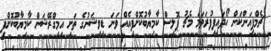
ޗެމްޕިއަންކަން ހޯދައިފިފުރަތަމަ މެޗު ޕޮލިސް ކާމިޔާބުކޮށްފިއެއް ވަނަ ޑިވިޝަނުގެ ތަށި އިމިގްރޭޝަން ކާމިޔާބުކޮށްފި